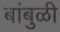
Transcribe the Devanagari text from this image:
बांबुळी